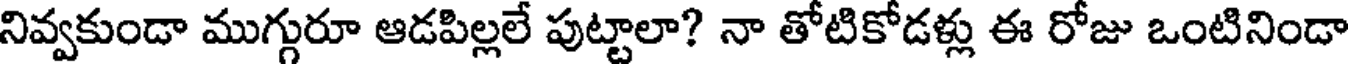
నివ్వకుండా ముగ్గురూ ఆడపిల్లలే పుట్టాలా? నా తోటికోడళ్లు ఈ రోజు ఒంటినిండా